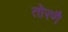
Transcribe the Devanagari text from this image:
तोरणै